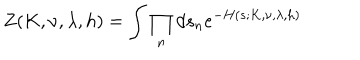
Z ( K , \nu , \lambda , h ) = \int \prod _ { n } d s _ { n } e ^ { - H ( s ; K , \nu , \lambda , h ) }